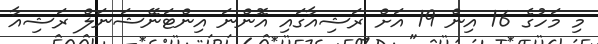
މި މަހުގެ 16 އިން 19 އަށް ރަޝިއާގައި އޮންނަ އިންޓަނޭޝަނަލް ރަޝިއާ